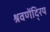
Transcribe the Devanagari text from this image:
श्रवणेंदि्रय